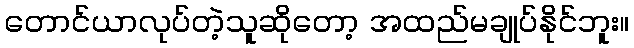
တောင်ယာလုပ်တဲ့သူဆိုတော့ အထည်မချုပ်နိုင်ဘူး။